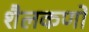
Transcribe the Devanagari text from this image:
शैलकणों